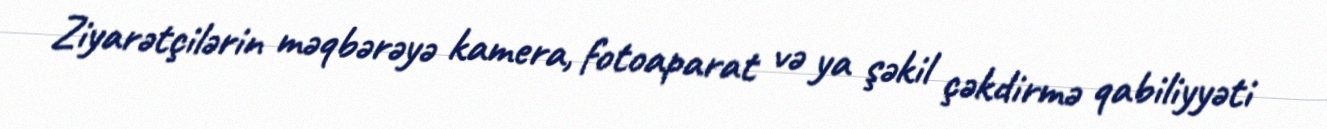
Ziyarətçilərin məqbərəyə kamera, fotoaparat və ya şəkil çəkdirmə qabiliyyəti